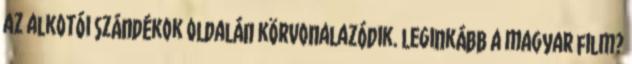
az alkotói szándékok oldalán körvonalazódik. leginkább a magyar film?